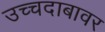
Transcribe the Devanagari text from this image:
उच्चदाबावर